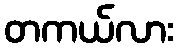
တကယ်လား